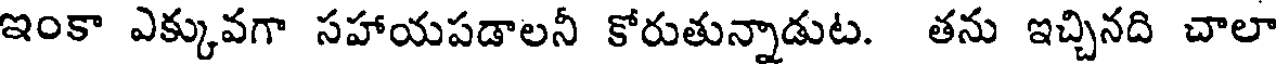
ఇంకా ఎక్కువగా సహాయపడాలనీ కోరుతున్నాడుట. తను ఇచ్చినది చాలా